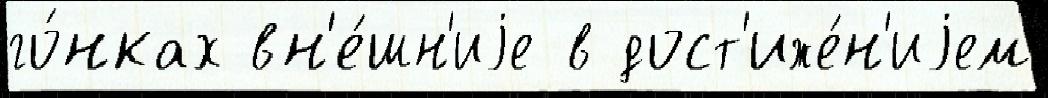
го́нках вн'е́шн'иjе в дост'иже́н'иjем